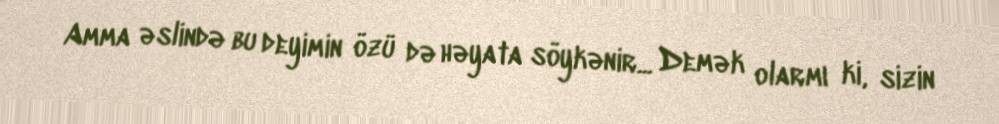
Amma əslində bu deyimin özü də həyata söykənir... Demək olarmı ki, sizin